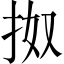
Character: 𢫓